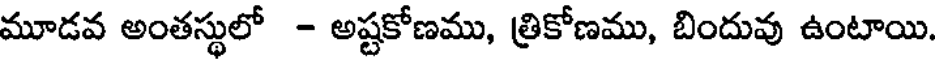
మూడవ అంతస్థులో - అష్టకోణము, త్రికోణము, బిందువు ఉంటాయి.